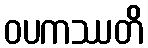
ဝပကဿတိ